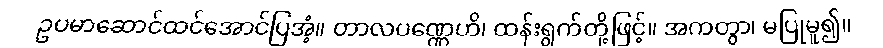
ဥပမာဆောင်ထင်အောင်ပြအံ့။ တာလပဏ္ဏေဟိ၊ ထန်းရွက်တို့ဖြင့်။ အကတွာ၊ မပြုမူ၍။